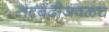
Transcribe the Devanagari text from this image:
तटबंदीजवळच